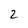
Character: 2